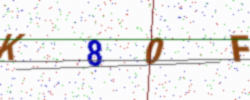
Text: K80F